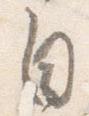
自